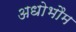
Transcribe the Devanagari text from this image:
अधोभौम